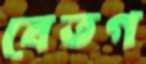
বেতগ